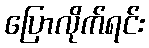
ပြောလိုက်ရင်း